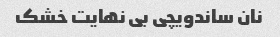
نان ساندویچی بی نهایت خشک